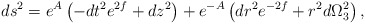
\begin{align*}ds^2 = e^A \left( -dt^2 e^{2f} + dz^2\right) + e^{-A}\left( dr^2 e^{-2f}+r^2 d\Omega_3 ^2 \right) ,\end{align*}